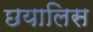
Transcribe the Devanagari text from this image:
छयालिस